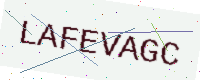
Text: LAFEVAGC